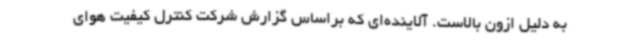
به دلیل ازون بالاست. آلاینده‌ای که براساس گزارش شرکت کنترل کیفیت هوای